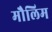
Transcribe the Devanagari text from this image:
मौलिम